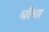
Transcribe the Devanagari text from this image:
चौघा